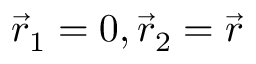
\vec { r } _ { 1 } = 0 , \vec { r } _ { 2 } = \vec { r }